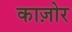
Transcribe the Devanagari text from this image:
काज़ोर